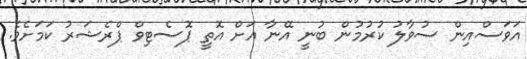
އަވަސްއިން ސުވާލު ކުރުމުން ބުނީ އޭނާ އަށް އޮތީ ޕޮސެޓިވް ޕްރެޝަރު ކަމަށެވެ.